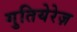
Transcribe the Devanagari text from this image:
गुतियेरेज़